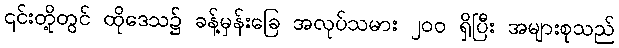
၎င်းတို့တွင် ထိုဒေသ၌ ခန့်မှန်းခြေ အလုပ်သမား ၂၀၀ ရှိပြီး အများစုသည်